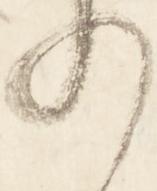
の